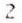
2